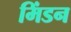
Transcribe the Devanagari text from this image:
मिंडन